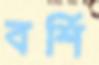
বর্শি